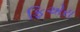
ફિએરા